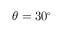
\theta = 3 0 ^ { \circ }